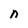
Character: n